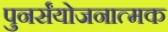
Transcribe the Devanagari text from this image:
पुनर्संयोजनात्मक